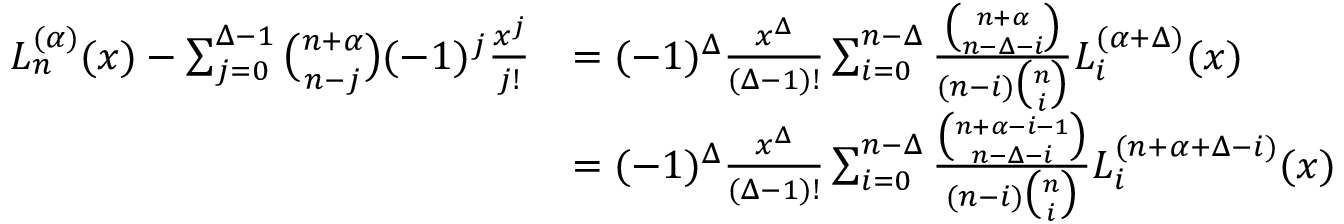
{ \begin{array} { r l } { L _ { n } ^ { ( \alpha ) } ( x ) - \sum _ { j = 0 } ^ { \Delta - 1 } { \binom { n + \alpha } { n - j } } ( - 1 ) ^ { j } { \frac { x ^ { j } } { j ! } } } & { = ( - 1 ) ^ { \Delta } { \frac { x ^ { \Delta } } { ( \Delta - 1 ) ! } } \sum _ { i = 0 } ^ { n - \Delta } { \frac { \binom { n + \alpha } { n - \Delta - i } } { ( n - i ) { \binom { n } { i } } } } L _ { i } ^ { ( \alpha + \Delta ) } ( x ) } \\ & { = ( - 1 ) ^ { \Delta } { \frac { x ^ { \Delta } } { ( \Delta - 1 ) ! } } \sum _ { i = 0 } ^ { n - \Delta } { \frac { \binom { n + \alpha - i - 1 } { n - \Delta - i } } { ( n - i ) { \binom { n } { i } } } } L _ { i } ^ { ( n + \alpha + \Delta - i ) } ( x ) } \end{array} }